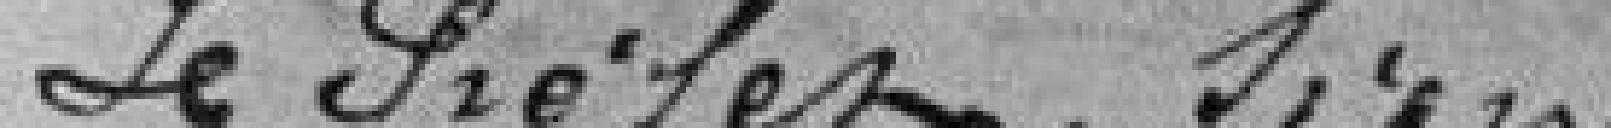
Le Préfet, signé